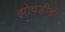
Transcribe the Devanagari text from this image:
झोपडीची